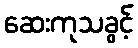
ဆေးကုသခွင့်